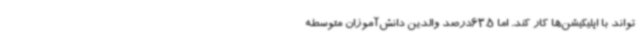
تواند با اپلیکیشن‌ها کار کند. اما 63.5درصد والدین دانش‌آموزان متوسطه